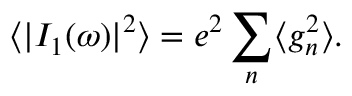
{ \langle | I _ { 1 } ( \omega ) | ^ { 2 } \rangle = e ^ { 2 } \sum _ { n } \langle g _ { n } ^ { 2 } \rangle } .